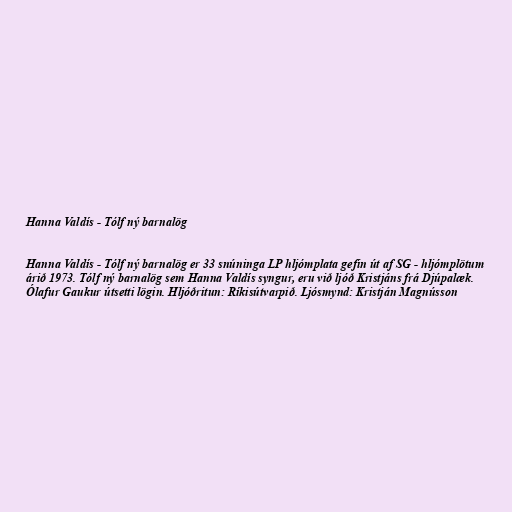
Hanna Valdís - Tólf ný barnalög

Hanna Valdís - Tólf ný barnalög er 33 snúninga LP hljómplata gefin út af SG - hljómplötum
árið 1973. Tólf ný barnalög sem Hanna Valdís syngur, eru við ljóð Kristjáns frá Djúpalæk.
Ólafur Gaukur útsetti lögin. Hljóðritun: Ríkisútvarpið. Ljósmynd: Kristján Magnússon